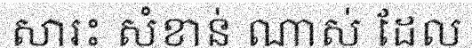
សារះ សំខាន់ ណាស់ ដែល